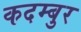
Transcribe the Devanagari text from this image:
कदम्बुर